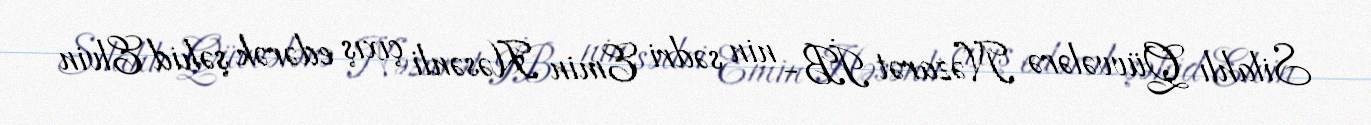
Silahlı Qüvvələrə Nəzarət İB- nin sədri Emin Həsənli çıxış edərək şəhid Elvin